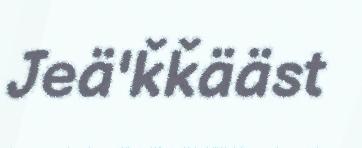
Jeä'ǩǩääst